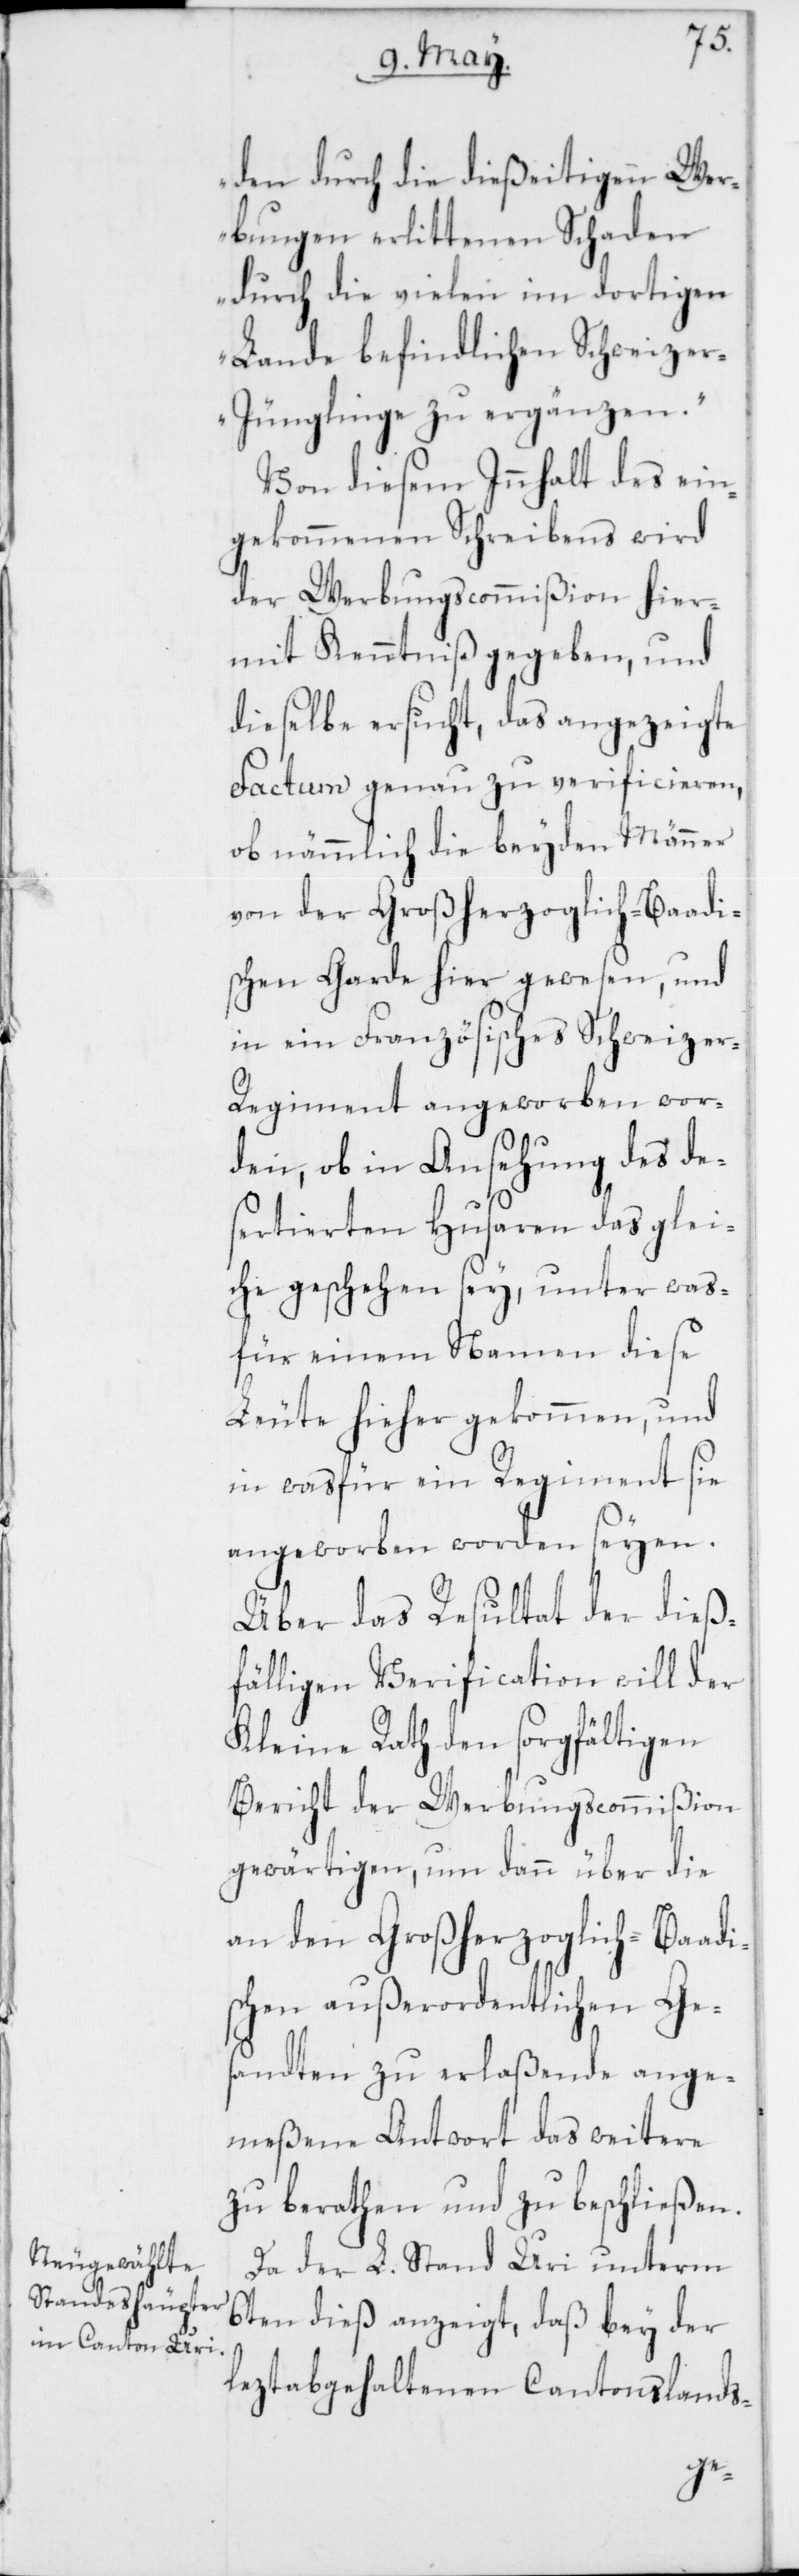
den durch die dießeitigen Wer¬
bungen erlittenen Schaden
durch die vielen im dortigen
Lande befindlichen Schweize¬
r-Jünglinge zu ergänzen.“
Von diesem Innhalt des ein¬
gekommenen Schreibens wird
der Werbungscommißion hier¬
mit Kenntniß gegeben, und
dieselbe ersucht, das angezeigte
Factum genau zu verificieren,
ob nämmlich die beyden Männer
von der Großherzoglich-Baadi¬
schen Garde hier gewesen, und
in ein Französisches Schweize¬
r-Regiment angeworben wor¬
den, ob in Ansehung des de¬
sertierten Husaren das glei¬
che geschehen sey, unter was¬
für einem Namen diese
Leute hieher gekommen und
in wasfür ein Regiment sie
angeworben worden seyen.
Über das Resultat der dieß¬
fälligen Verification will der
Kleine Rath den sorgfältigen
Bericht der Werbungscommißion
gewärtigen, um dann über die
an den Großherzoglich-Baadi¬
schen außerordentlichen Ge¬
sandten zu erlaßende ange¬
meßene Antwort das weitere
zu berathen und zu beschließen.
Da der L. Stand Uri unterm
6ten dieß anzeigt, daß bey der
leztabgehaltenen Cantonslands-